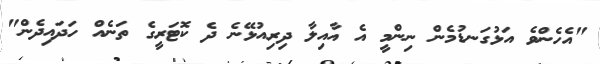
"އެހެންވެ އަޅުގަނޑުމެން ނިންމީ އެ އާއިލާ ދިރިއުޅޭނެ ދެ ކޮޓަރީގެ ތަނެއް ހަދައިދެން"